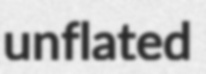
unflated